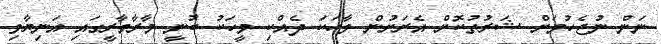
ނަން ނުޖެހުމަށް ޝަރުތުކޮށް އެރަށުން ވާހަކަ ދެއްކި މީހަކު ބުނީ މާރާމާރީގައި އަނިޔާވި